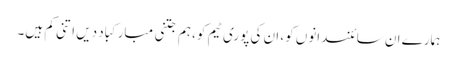
ہمارے ان سائنسدانوں کو، ان کی پوری ٹیم کو، ہم جتنی مبارکباد دیں اتنی کم ہیں۔